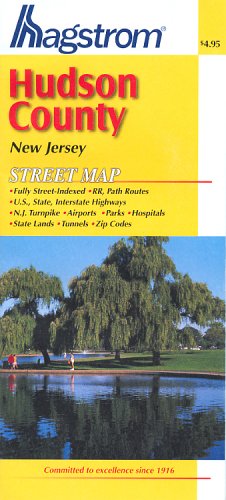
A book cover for Hudson Co, NJ; Hagstrom Company; Travel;